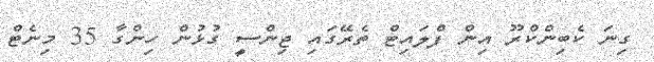
ގިނަ ކެބިންކްރޫ އިން ފްލައިޓް ތެރޭގައި ޖިންސީ ގުޅުން ހިންގާ 35 މިނެޓް